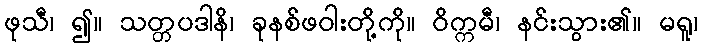
ဖုသီ၊ ၍။ သတ္တပဒါနိ၊ ခုနစ်ဖဝါးတို့ကို။ ဝိက္ကမီ၊ နင်းသွား၏။ မရူ၊